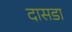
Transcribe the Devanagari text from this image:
दासडा